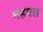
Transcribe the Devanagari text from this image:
महवल